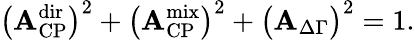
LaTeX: \bigl({\cal\mathbf{A}}_{\mathrm{{CP}}}^{\mathrm{{dir}}}\bigr)^{2}+\bigl({\cal\mathbf{A}}_{\mathrm{{CP}}}^{\mathrm{{mix}}}\bigr)^{2}+\bigl({\cal\mathbf{A}}_{\mathrm{{\Delta\Gamma}}}\bigr)^{2}=1.